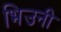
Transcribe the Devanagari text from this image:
भिउनी